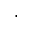
,